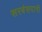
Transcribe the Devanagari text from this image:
सरबंसदानी